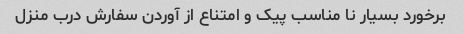
برخورد بسیار نا مناسب پیک و امتناع از آوردن سفارش درب منزل